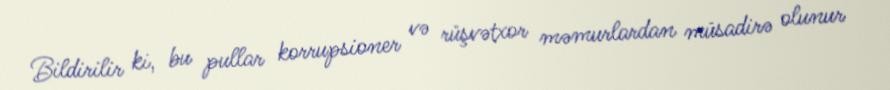
Bildirilir ki, bu pullar korrupsioner və rüşvətxor məmurlardan müsadirə olunur